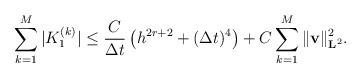
LaTeX: \begin{align*}\sum_{k=1}^{M} |K_1^{(k)}| \leq \frac{C}{\Delta t}\left(h^{2r+2}+(\Delta t)^{4}\right)+ C\sum_{k=1}^{M} \|\mathbf{v}\|_{\mathbf{L}^2}^{2}.\end{align*}